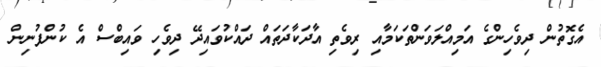
އެގޮތުން ދިވެހިންގެ އަމިއްލަވަންތަކަމާއި ރިވެތި އާދަކާދަތައް ދައްކުވައިދޭ ދިވެހި ވައިބްސް އެ ކުންފުނިން